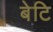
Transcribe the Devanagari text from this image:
बेटि